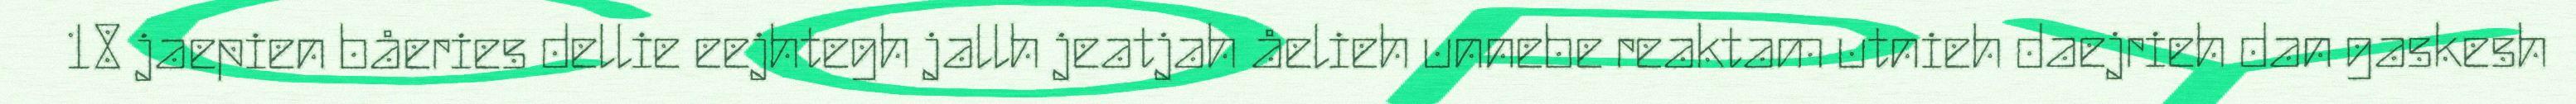
18 jaepien båeries dellie eejhtegh jallh jeatjah åelieh unnebe reaktam utnieh daejrieh dan gaskesh